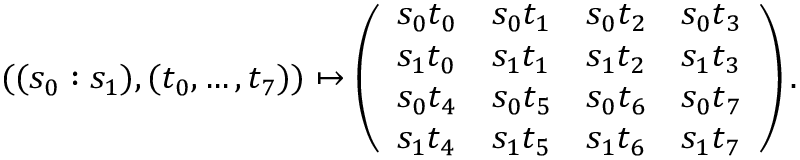
( ( s _ { 0 } : s _ { 1 } ) , ( t _ { 0 } , \dots , t _ { 7 } ) ) \mapsto \left( \begin{array} { l l l l } { s _ { 0 } t _ { 0 } } & { s _ { 0 } t _ { 1 } } & { s _ { 0 } t _ { 2 } } & { s _ { 0 } t _ { 3 } } \\ { s _ { 1 } t _ { 0 } } & { s _ { 1 } t _ { 1 } } & { s _ { 1 } t _ { 2 } } & { s _ { 1 } t _ { 3 } } \\ { s _ { 0 } t _ { 4 } } & { s _ { 0 } t _ { 5 } } & { s _ { 0 } t _ { 6 } } & { s _ { 0 } t _ { 7 } } \\ { s _ { 1 } t _ { 4 } } & { s _ { 1 } t _ { 5 } } & { s _ { 1 } t _ { 6 } } & { s _ { 1 } t _ { 7 } } \end{array} \right) .